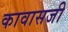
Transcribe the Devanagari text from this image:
कावासजी